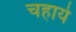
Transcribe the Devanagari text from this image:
चहाये